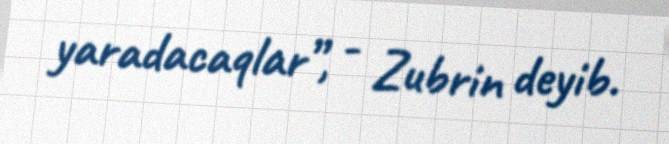
yaradacaqlar”, - Zubrin deyib.